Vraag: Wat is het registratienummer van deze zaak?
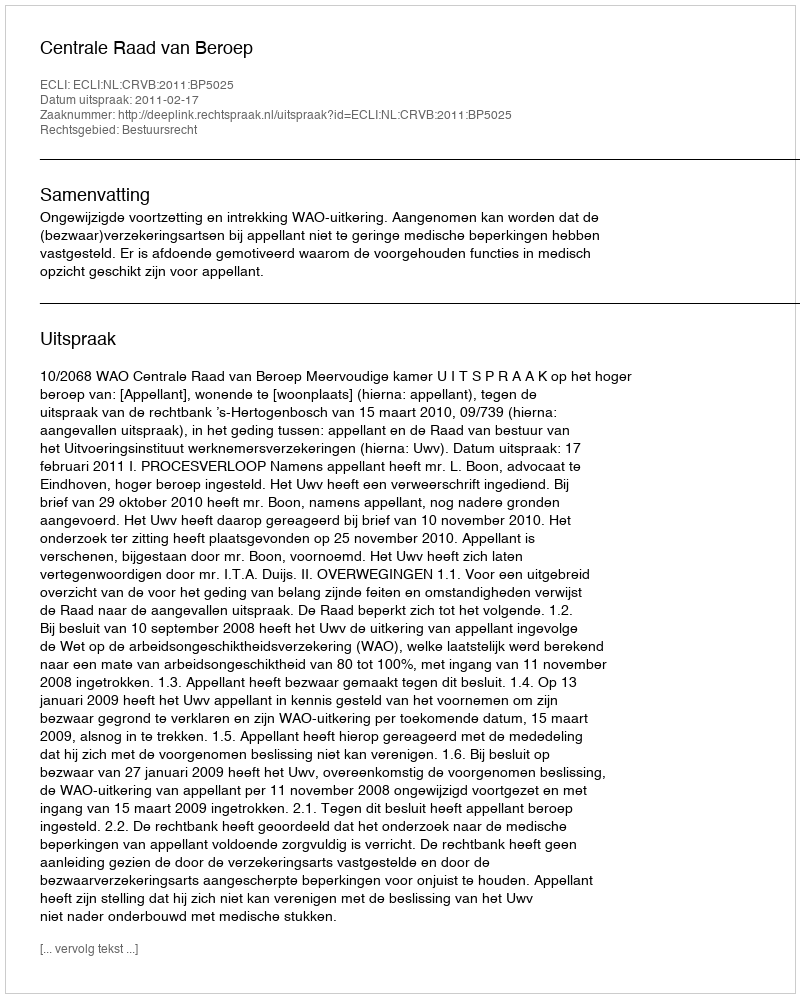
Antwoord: http://deeplink.rechtspraak.nl/uitspraak?id=ECLI:NL:CRVB:2011:BP5025